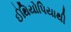
ઈથિયોપિયાથી